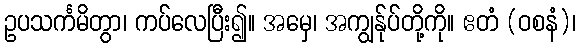
ဥပသင်္ကမိတွာ၊ ကပ်လေပြီး၍။ အမှေ၊ အကျွန်ုပ်တို့ကို။ ဧတံ (ဝစနံ)၊